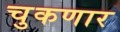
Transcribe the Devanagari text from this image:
चुकणार